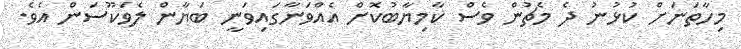
މިހާތަނަށް ކުޅުނު ދެ މެޗުން ވެސް ކާމިޔާބުކޮށް އެއްވަނާގައިވަނީ ބަޔާން ލެވަކޫސަން އެވެ.